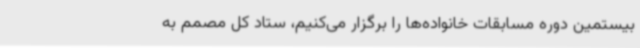
بیستمین دوره مسابقات خانواده‌ها را برگزار می‌کنیم، ستاد کل مصمم به